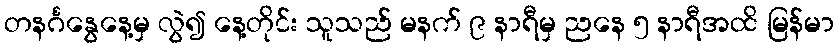
တနင်္ဂနွေနေ့မှ လွဲ၍ နေ့တိုင်း သူသည် မနက် ၉ နာရီမှ ညနေ ၅ နာရီအထိ မြန်မာ